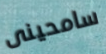
سامحينى